Account of plague administration in the Bombay Presidency from September 1896 till May 1897
Year: 1896
Disease focus: Plague
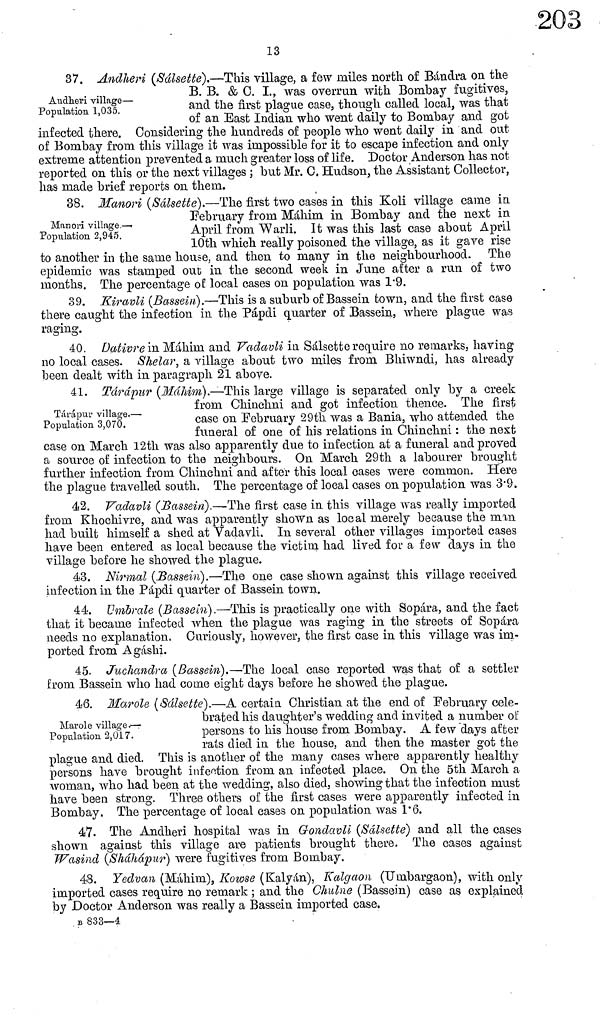
13
Audheri village—
Population 1,035.
37. Andheri (Sálsette).—This village, a few miles north of Bándra on the
B. B. & 0. I., was overrun with Bombay fugitives,
and the first plague case, though called local, was that
of an East Indian who went daily to Bombay and got
infected there. Considering the hundreds of people who went daily in and out
of Bombay from this village it was impossible for it to escape infection and only
extreme attention prevented a much greater loss of life. Doctor Anderson has not
reported on this or the next villages ; but Mr. C. Hudson, the Assistant Collector,
has made brief reports on them.
Manori village.—·
Population 2,945.
38. Manori (Sálsette).—The first two cases in this Koli village came in
February from Máhim in Bombay and the next in
April from Warli. It was this last case about April
10th which really poisoned the village, as it gave rise
to another in the same house, and then to many in the neighbourhood. The
epidemic was stamped out in the second week in June after a run of two
months. The percentage of local cases on population was 1 . 9.
39. Kiravli (Bassein).—This is a suburb of Bassein town, and the first case
there caught the infection in the Pápdi quarter of Bassein, where plague was
raging.
40. Dativre in Máhim and Vadavli in Sálsette require no remarks, having
no local cases. Shelar, a village about two miles from Bhiwndi, has already
been dealt with in paragraph 21 above.
Tárápur village.—
Population 3,070.
41. Tárápur (Máhim).—This large village is separated only by a creek
from Chinchni and got infection thence. The first
case on February 29th was a Bania, who attended the
funeral of one of his relations in Chinchni : the next
case on March 12th was also apparently due to infection at a funeral and proved
a source of infection to the neighbours. On March 29th a labourer brought
further infection from Chinchni and after this local cases were common. Here
the plague travelled south. The percentage of local cases on population was 3.9.
42. Vadavli (Bassein).—-The first case in this village was really imported
from Khochivre, and was apparently shown as local merely because the mm
had built himself a shed at Vadavli. In several other villages imported cases
have been entered as local because the victim had lived for a few days in the
village before he showed the plague.
43. Nirmal (Bassein).—The one case shown against this village received
infection in the Pápdi quarter of Bassein town.
44. Umbrale (Bassein).—This is practically one with Sopara, and the fact
that it became infected when the plague was raging in the streets of Sopara
needs no explanation, Curiously, however, the first case in this village was im-
ported from Agáshi.
45. Juchandra (Bassein).—-The local case reported was that of a settler
from Bassein who had come eight days before he showed the plague.
Marole village.—·
Population 2,017.
46. Marole (Sálsette).—A certain Christian at the end of February cele-
brated his daughter's wedding and invited a number of
persons to his house from Bombay. A few days after
rats died in the house, and then the master got the
plague and died. This is another of the many cases where apparently healthy
persons have brought infection from an infected place. On the 5th March a
woman, who had been at the wedding, also died, showing that the infection must
have been strong. Three others of the first cases were apparently infected in
Bombay. The percentage of local cases on population was 1. 6.
47. The Andheri hospital was in Gondavli (Sálsette) and all the cases
shown against this village are patients brought there. The cases against
Wasind (Sháhápur) were fugitives from Bombay.
48. Yedvan (Máhim), Kowse (Kalyán), Kalgaon (Umbargaon), with only
imported cases require no remark ; and the Chulne (Bassein) case as explained
by Doctor Anderson was really a Bassein imported case.
B 833—4